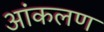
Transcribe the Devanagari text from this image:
आंकलण